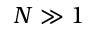
N \gg 1